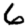
Digit: 6